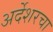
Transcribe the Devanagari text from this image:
अर्देशरचा